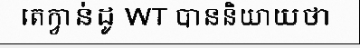
តេក្វាន់ដូ WT បាននិយាយថា